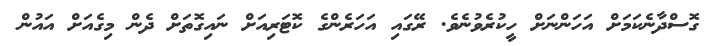
ގޮސްދާނެކަމަށް އަހަންނަށް ހީކުރެވުނެވެ. ރޭގައި އަހަރެންގެ ކޮޓަރިއަށް ނައިގޮތަށް ދެން މިގެއަށް އައުން